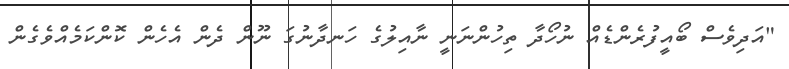
"އަދިވެސް ބޯއީފުރެންޑެއް ނުހޯދާ ތިހުންނަނީ ނާއިލުގެ ހަނދާނުގަ ނޫން ދެން އެހެން ކޮންކަމެއްވެގެން